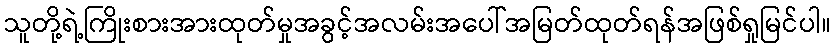
သူတို့ရဲ့ကြိုးစားအားထုတ်မှုအခွင့်အလမ်းအပေါ်အမြတ်ထုတ်ရန်အဖြစ်ရှုမြင်ပါ။